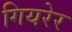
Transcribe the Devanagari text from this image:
गियरेर